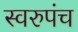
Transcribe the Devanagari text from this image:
स्वरुपंच